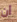
ان